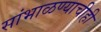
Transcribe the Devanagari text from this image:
सांभाळण्याचीही